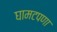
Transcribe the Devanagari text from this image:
घामटपणा